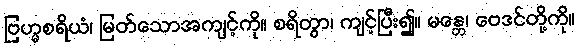
ဗြဟ္မစရိယံ၊ မြတ်သောအကျင့်ကို။ စရိတွာ၊ ကျင့်ပြီး၍။ မန္တေ၊ ဗေဒင်တို့ကို။